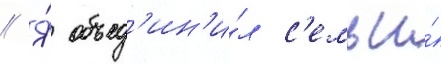
// Я́ объед'ин'и́л с'емьи́